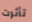
تأثرت